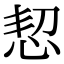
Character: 恝